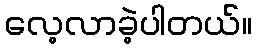
လေ့လာခဲ့ပါတယ်။